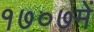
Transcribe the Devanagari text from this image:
१७०७में